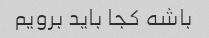
باشه کجا باید برویم